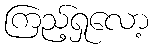
ကြည့်ရှုလော့